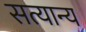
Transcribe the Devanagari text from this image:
सत्यान्य